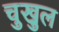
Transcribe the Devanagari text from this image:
चुखुल